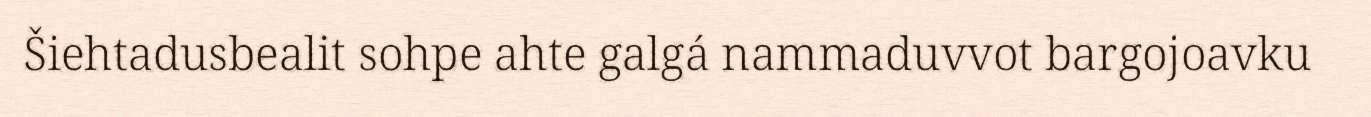
Šiehtadusbealit sohpe ahte galgá nammaduvvot bargojoavku